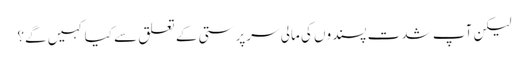
لیکن آپ شدت پسندوں کی مالی سرپرستی کے تعلق سے کیا کہیں گے؟